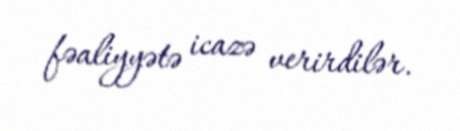
fəaliyyətə icazə verirdilər.